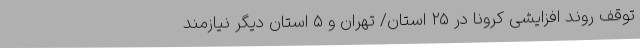
توقف روند افزایشی کرونا در ۲۵ استان/ تهران و ۵ استان دیگر نیازمند